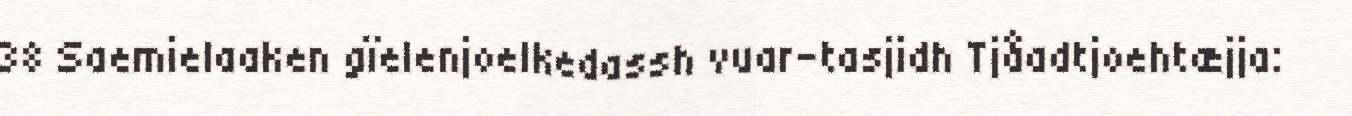
38 Saemielaaken gïelenjoelkedassh vuar-tasjidh Tjåadtjoehtæjja: